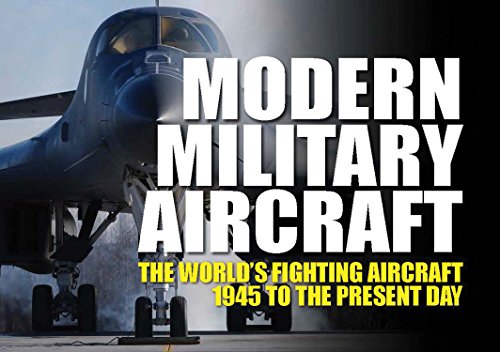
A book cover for Modern Military Aircraft: The World's Fighting Aircraft 1945 to the Present Day; Arts & Photography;